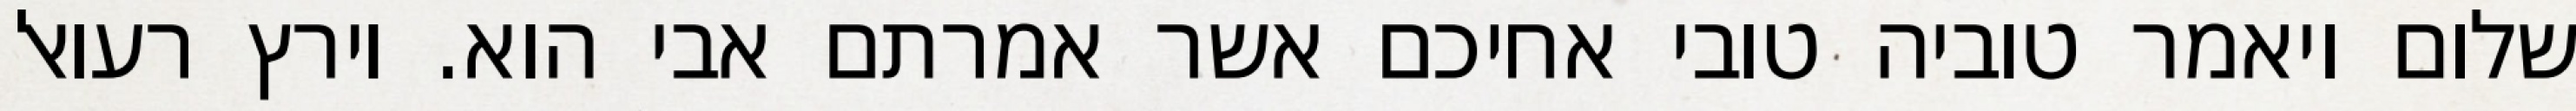
שלום ויאמר טוביה טובי אחיכם אשר אמרתם אבי הוא. וירץ רעואל